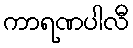
ကာရဏပါလီ